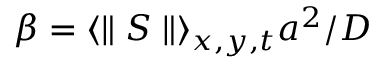
\beta = \langle \parallel S \parallel \rangle _ { x , y , t } a ^ { 2 } / D